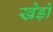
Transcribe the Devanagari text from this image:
खेड़ों